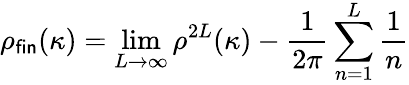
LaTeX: \rho_{\textsf{fin}}(\kappa)=\operatorname*{lim}_{L\to\infty}\rho^{2L}(\kappa)-\frac{1}{2\pi}\sum_{n=1}^{L}\frac{1}{n}